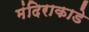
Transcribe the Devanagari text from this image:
मंदिराकाडे